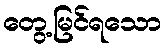
တွေ့မြင်ရသော